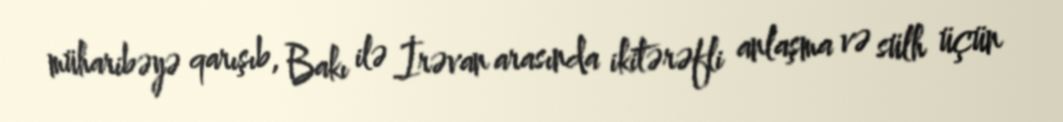
müharibəyə qarışıb, Bakı ilə İrəvan arasında ikitərəfli anlaşma və sülh üçün